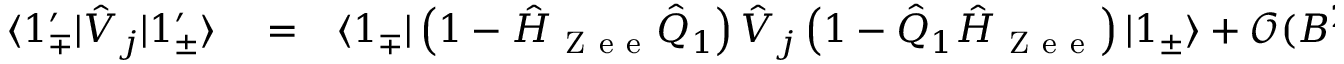
\begin{array} { r l r } { \langle 1 _ { \mp } ^ { \prime } | \hat { V } _ { j } | 1 _ { \pm } ^ { \prime } \rangle } & { { } = } & { \langle 1 _ { \mp } | \left( 1 - \hat { H } _ { \mathrm { ~ Z ~ e ~ e ~ } } \hat { Q } _ { 1 } \right) \hat { V } _ { j } \left( 1 - \hat { Q } _ { 1 } \hat { H } _ { \mathrm { ~ Z ~ e ~ e ~ } } \right) | 1 _ { \pm } \rangle + \mathcal { O } ( B ^ { 2 } ) } \end{array}